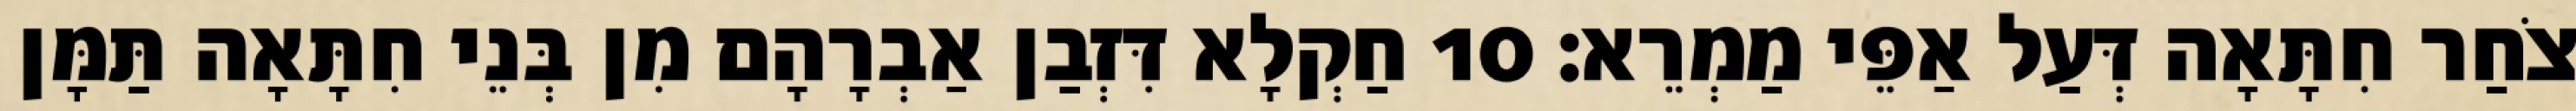
צֹחַר חִתָּאָה דְּעַל אַפֵּי מַמְרֵא׃ 10 חַקְלָא דִּזְבַן אַבְרָהָם מִן בְּנֵי חִתָּאָה תַּמָּן